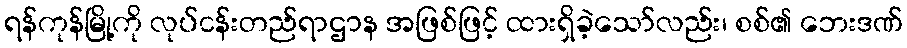
ရန်ကုန်မြို့ကို လုပ်ငန်းတည်ရာဌာန အဖြစ်ဖြင့် ထားရှိခဲ့သော်လည်း၊ စစ်၏ ဘေးဒဏ်